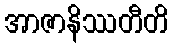
အာဇာနိဿတီတိ